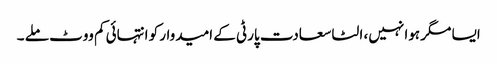
ایسا مگر ہوا نہیں، الٹا سعادت پارٹی کے امیدوار کو انتہائی کم ووٹ ملے ۔